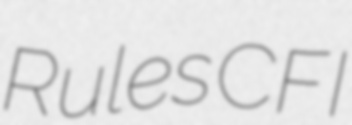
Rules CFI